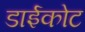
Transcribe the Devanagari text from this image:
डाईकोट